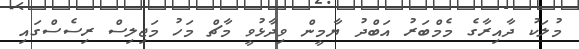
މުލަކު ދާއިރާގެ މެމްބަރު އަބްދު ޔާމީން ވިދާޅުވީ މާޗް މަހު މަޖިލިސް ރިސެސްގައި